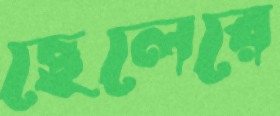
ছেলেরে